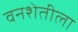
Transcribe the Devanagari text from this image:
वनशेतीला